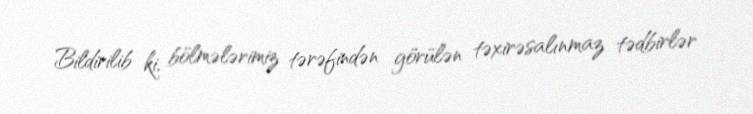
Bildirilib ki, bölmələrimiz tərəfindən görülən təxirəsalınmaz tədbirlər